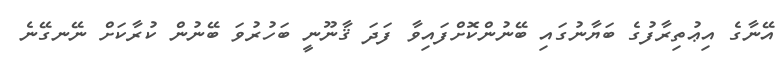
އޭނާގެ އިޢުތިރާފުގެ ބަޔާނުގައި ބޭނުންކޮށްފައިވާ ފަދަ ޤާނޫނީ ބަހުރުވަ ބޭނުން ކުރާކަށް ނޭނގޭނެ